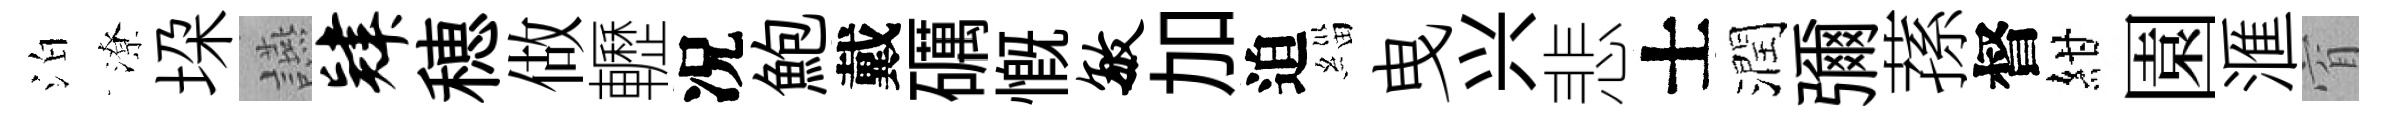
泊潦垜讌肄穂做轣况鮑戴礪慨敏加迫緇曳兴悲士潤彌蓀督紺園滙窅